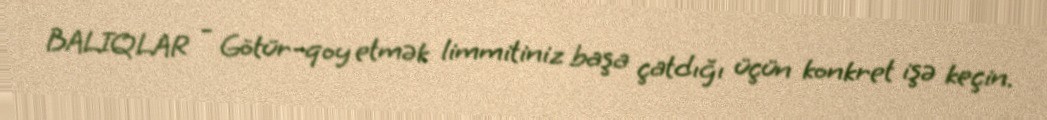
BALIQLAR - Götür-qoy etmək limmitiniz başa çatdığı üçün konkret işə keçin.